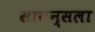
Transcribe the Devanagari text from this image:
सायन्सला